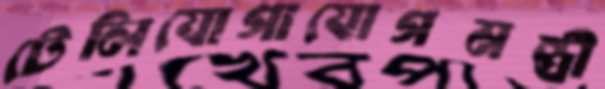
টেলিযোগাযোগমন্ত্রী